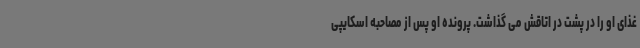
غذای او را در پشت در اتاقش می گذاشت. پرونده او پس از مصاحبه اسکایپی